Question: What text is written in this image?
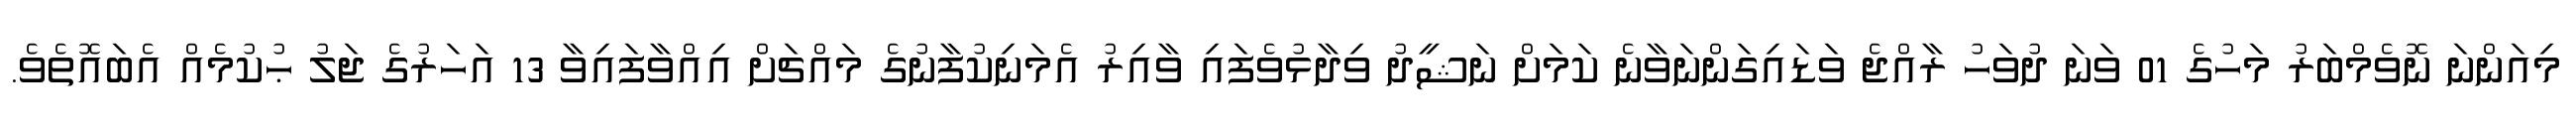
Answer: މިއަންނަ ނޮވެމްބަރު މަހުގެ 01 ވަނަ ދުވަހު ރާއްޖެ ވަޑައިގަންނަވާނެ ކަމަށް ނަޝީދު ވިދާޅުވެފައި ވާއިރު އެމަނިކުފާނުގެ މައްޗަށް އިއްވާފައިވާ 13 އަހަރުގެ ޖަލު ޙުކުމެއް އެބައޮތެވެ.